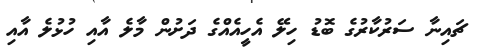
ޗައިނާ ސަރުކާރުގެ ބޮޑު ހިލޭ އެހީއެއްގެ ދަށުން މާލެ އާއި ހުޅުލެ އާއި